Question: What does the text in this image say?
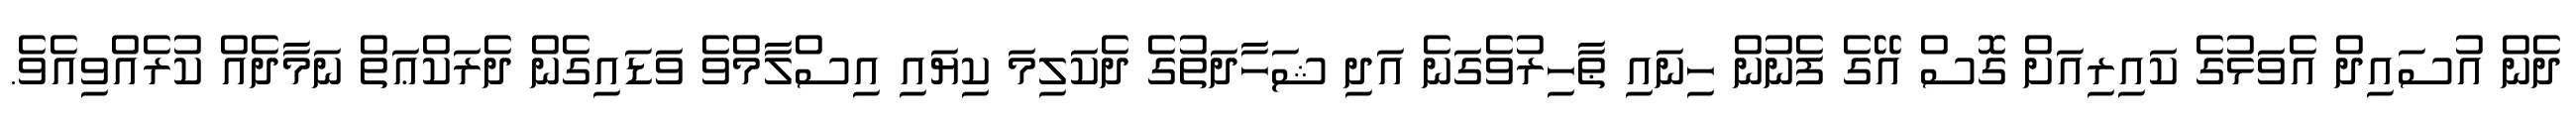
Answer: ދެން އުސައިދް އެވަޅުގެ ކައިރިއަށް ގޮސް އޭގެ ފެނުން ހިނައި ޠާހިރުވެގަނެ އަދި ޝަހާދަތުގެ ދެކަލިމަ ކިޔައި އިސްލާމްވެ ވަޑައިގެން ދެރަކްޢަތް ނަމާދެއް ކުރެއްވިއެވެ.